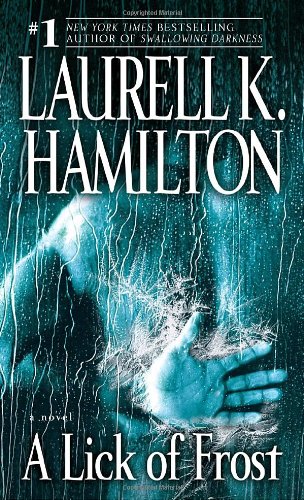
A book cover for A Lick of Frost (Meredith Gentry, Book 6); Laurell K. Hamilton; Literature & Fiction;